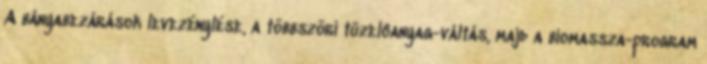
A bányabezárások levezénylése, a többszöri tüzelôanyag-váltás, majd a biomassza-program